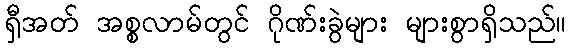
ရှီအတ် အစ္စလာမ်တွင် ဂိုဏ်းခွဲများ များစွာရှိသည်။